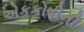
એકકોષીની